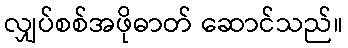
လျှပ်စစ်အဖိုဓာတ် ဆောင်သည်။